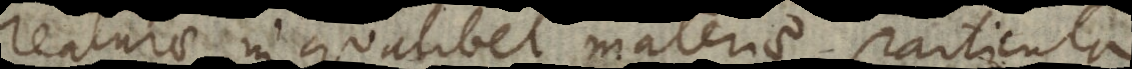
creaturae in qualibet materiae particula;